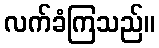
လက်ခံကြသည်။